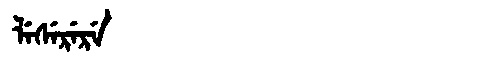
Manchu: ᠯᡝᠰᡝᡵᡝᡵᡝ
Romanization: LESERERE